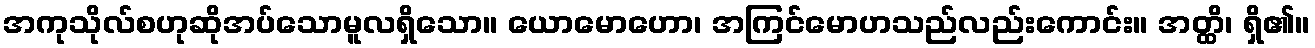
အကုသိုလ်စဟုဆိုအပ်သောမူလရှိသော။ ယောမောဟော၊ အကြင်မောဟသည်လည်းကောင်း။ အတ္ထိ၊ ရှိ၏။